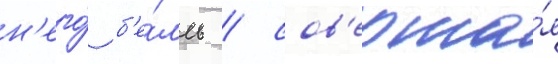
н'его́ б'е́лль / сов'ерша́я